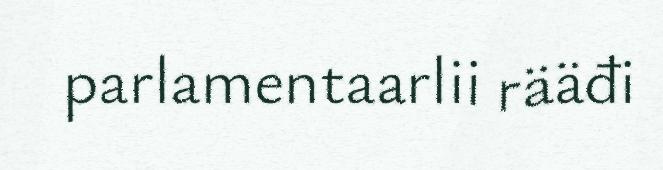
parlamentaarlii rääđi